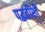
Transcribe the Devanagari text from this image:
पद्धतींशी